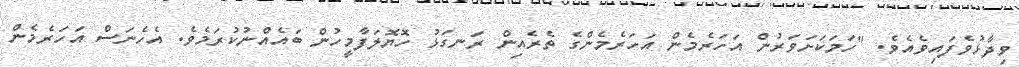
ވިދާޅުވެފައިވެއެވެ. "ހަމަކަށަވަރުން އަހަރެމެން އަހަރެމެންގެ ތެރެއިން ރަނގަޅު ހޮޔޮލަފާމީހުން ބައެއްނުކުރަމެވެ. އެހެނަސް އަހަރެމެން